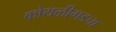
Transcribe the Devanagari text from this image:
कोथळीगडचा